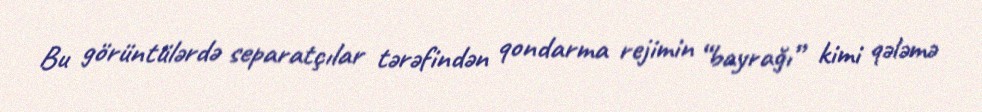
Bu görüntülərdə separatçılar tərəfindən qondarma rejimin “bayrağı” kimi qələmə